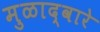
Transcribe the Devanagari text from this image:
मुळाद्वारे